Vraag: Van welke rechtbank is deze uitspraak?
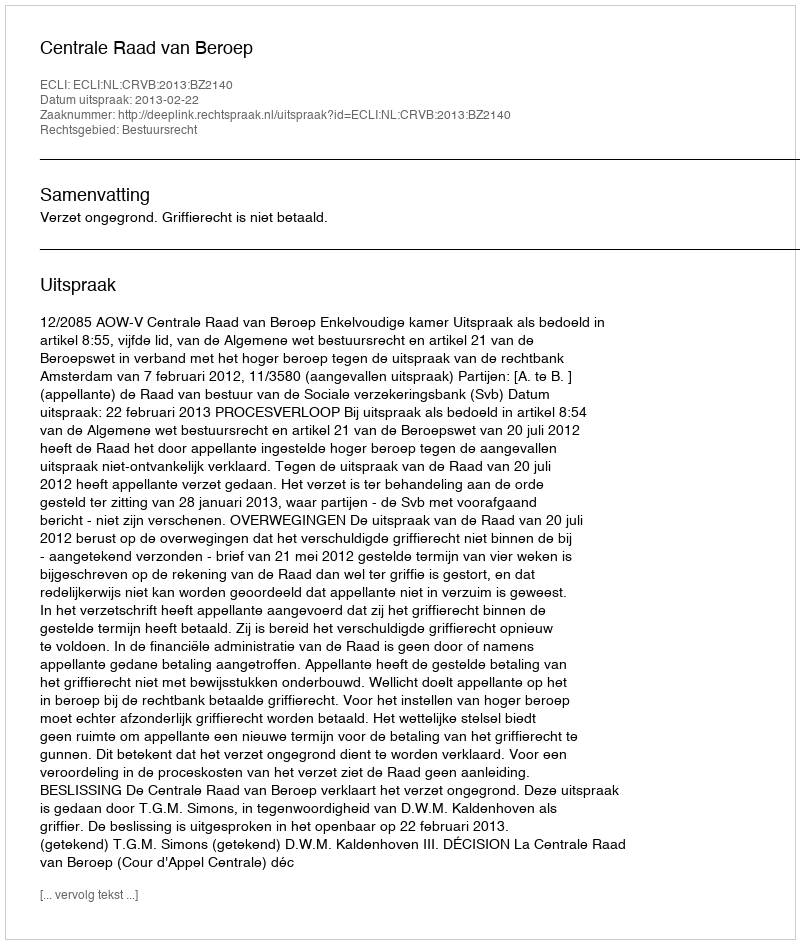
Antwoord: Centrale Raad van Beroep